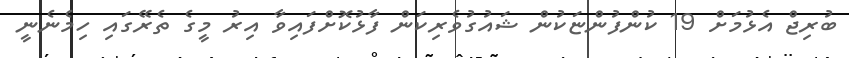
ބުރިޖް އެޅުމަށް 19 ކުންފުންޏަކުން ޝައުގުވެރިކަން ފާޅުކޮށްފައިވާ އިރު މީގެ ތެރޭގައި ހިމެނެނީ